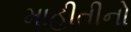
માહીતીનો